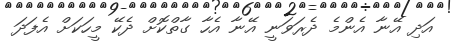
އަދި އޭނާ އެންމެ ދެރަވަނީ އޭނާ އެހާ ގާތްކޮށް ދެކޭ މީހަކަށް އެފަދަ